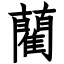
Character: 藺